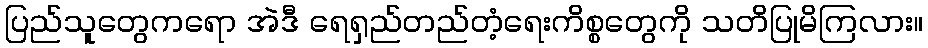
ပြည်သူတွေကရော အဲဒီ ရေရှည်တည်တံ့ရေးကိစ္စတွေကို သတိပြုမိကြလား။